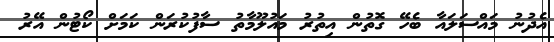
އެދުނު މައްސަލައާ ބެހޭ ގޮތުން އިތުރު މައުލޫމާތު ސާފުކުރަން ކަމަށް ކޯޓުން އޭރު